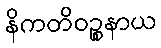
နိကတိဝဉ္စနာယ